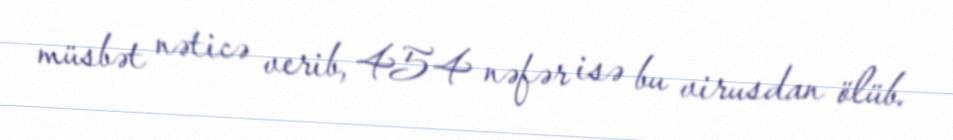
müsbət nəticə verib, 454 nəfər isə bu virusdan ölüb.